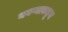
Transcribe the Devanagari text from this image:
नवऱ्याकडून